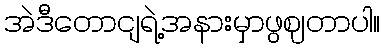
အဲဒီတောငျရဲ့အနားမှာဖွဈတာပါ။